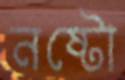
নষ্টো